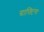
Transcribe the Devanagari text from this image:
ग्राफ्टिंगः